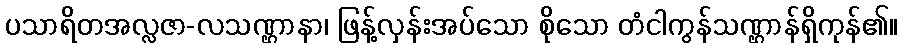
ပသာရိတအလ္လဇာ-လသဏ္ဌာနာ၊ ဖြန့်လှန်းအပ်သော စိုသော တံငါကွန်သဏ္ဌာန်ရှိကုန်၏။